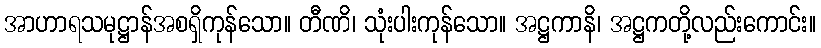
အာဟာရသမုဋ္ဌာန်အစရှိကုန်သော။ တီဏိ၊ သုံးပါးကုန်သော။ အဋ္ဌကာနိ၊ အဋ္ဌကတို့လည်းကောင်း။